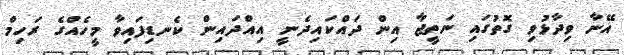
އޭނާ ވިދާޅުވި ގޮތުގައި ނަތީޖާ އިން ދައްކައިދެނީ އިއްދައިން ކެނޑިފައިވާ މީހެއްގެ ރަހިމް